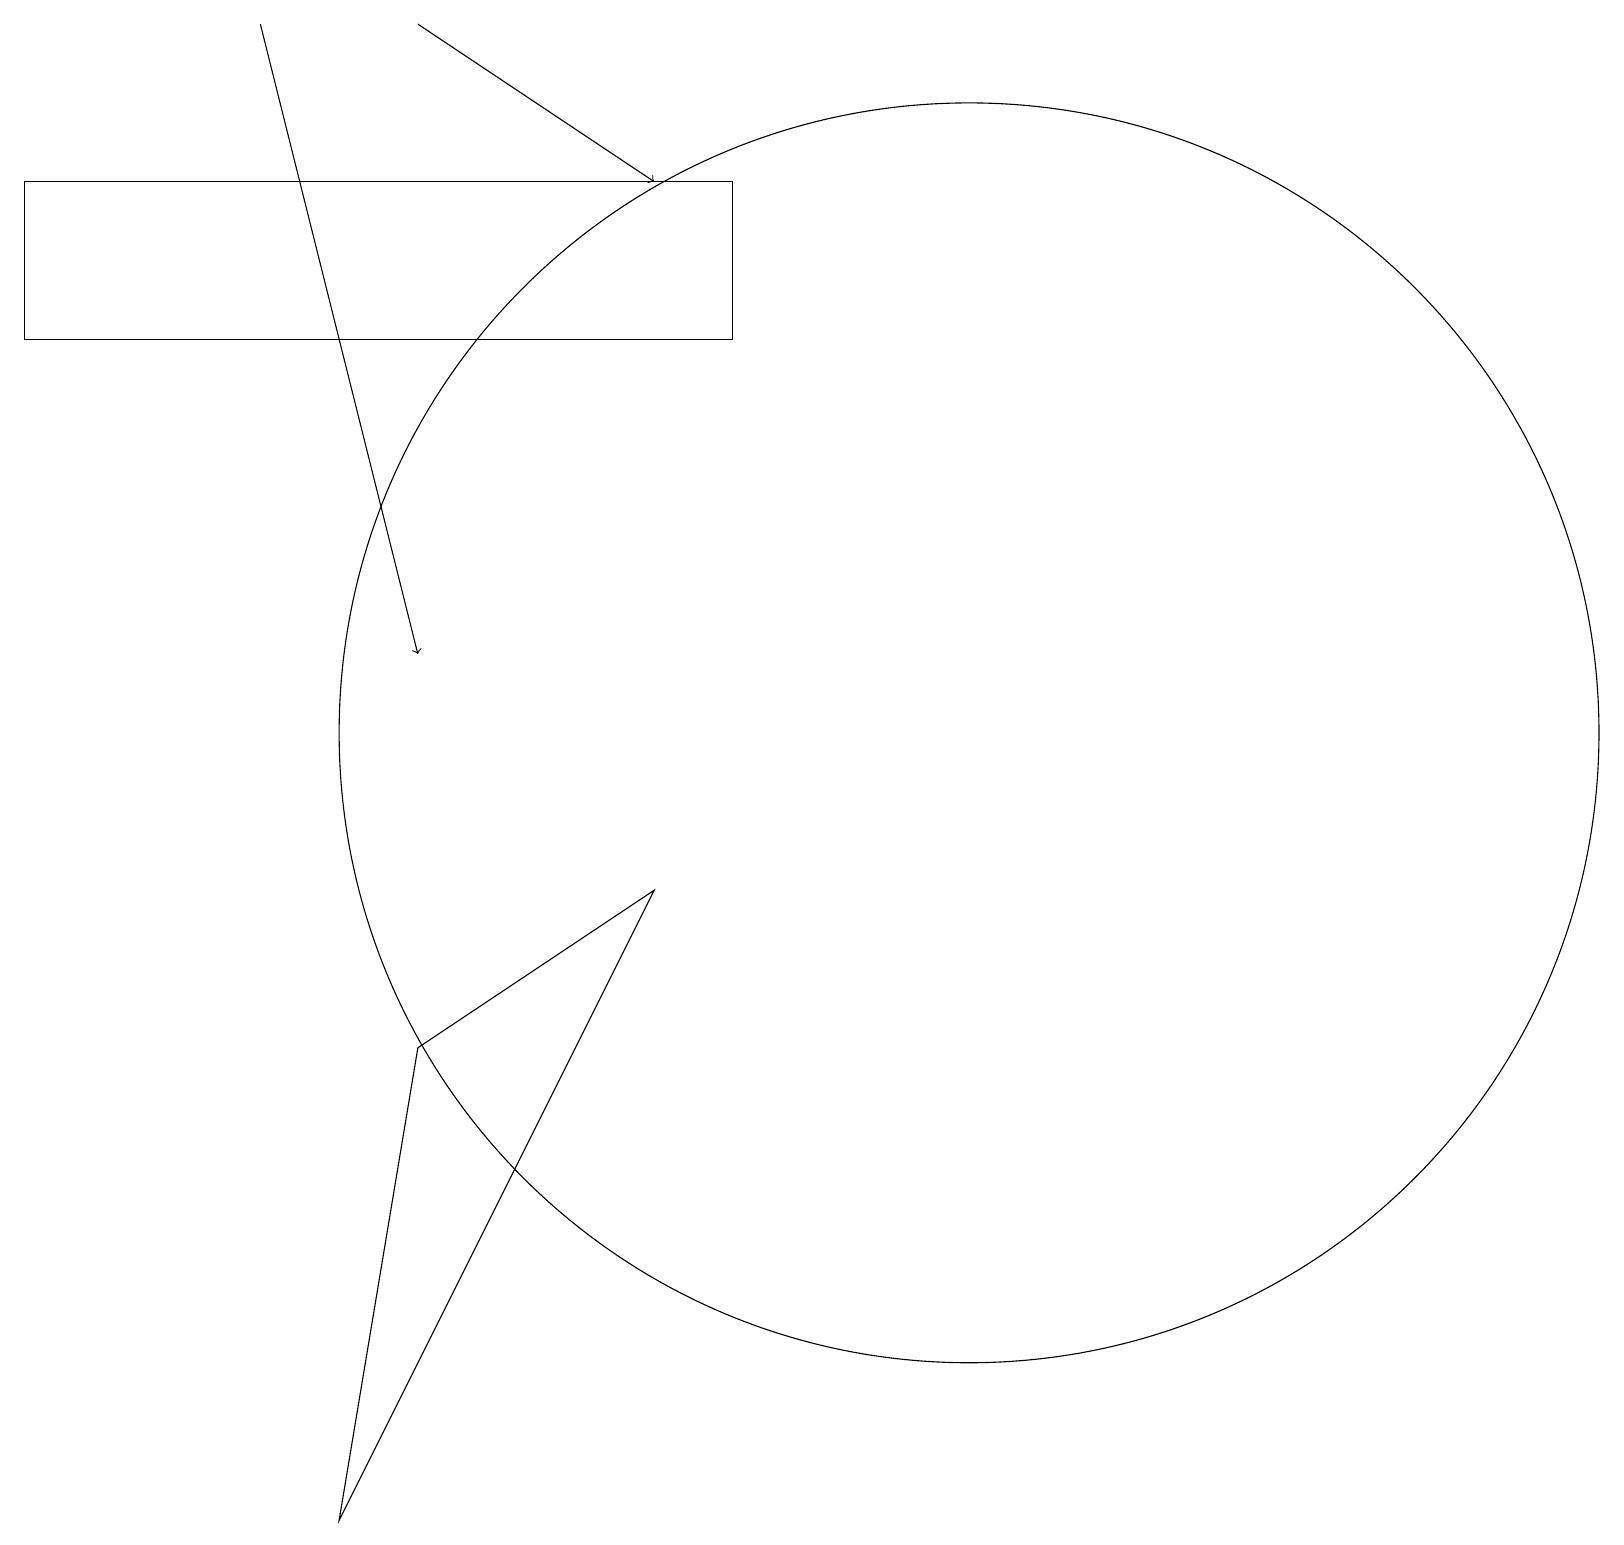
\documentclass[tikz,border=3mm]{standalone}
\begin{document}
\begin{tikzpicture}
\draw (12,10) circle (8);
\draw[->] (5,19) -- (8,17);
\draw (4,0) -- (5,6) -- (8,8) -- cycle;
\draw (9,15) rectangle (0,17);
\draw (12,12) circle (0);
\draw[->] (3,19) -- (5,11);
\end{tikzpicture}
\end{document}